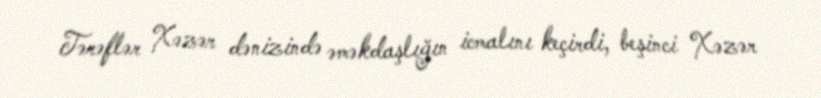
Tərəflər Xəzər dənizində əməkdaşlığın icmalını keçirdi, beşinci Xəzər